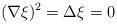
LaTeX: \begin{align*}(\nabla \xi)^2=\Delta \xi=0\end{align*}